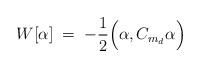
LaTeX: \begin{align*}W[\alpha] \; = \; -\frac{1}{2} \Big( \alpha, C_{m_d} \alpha \Big)\end{align*}